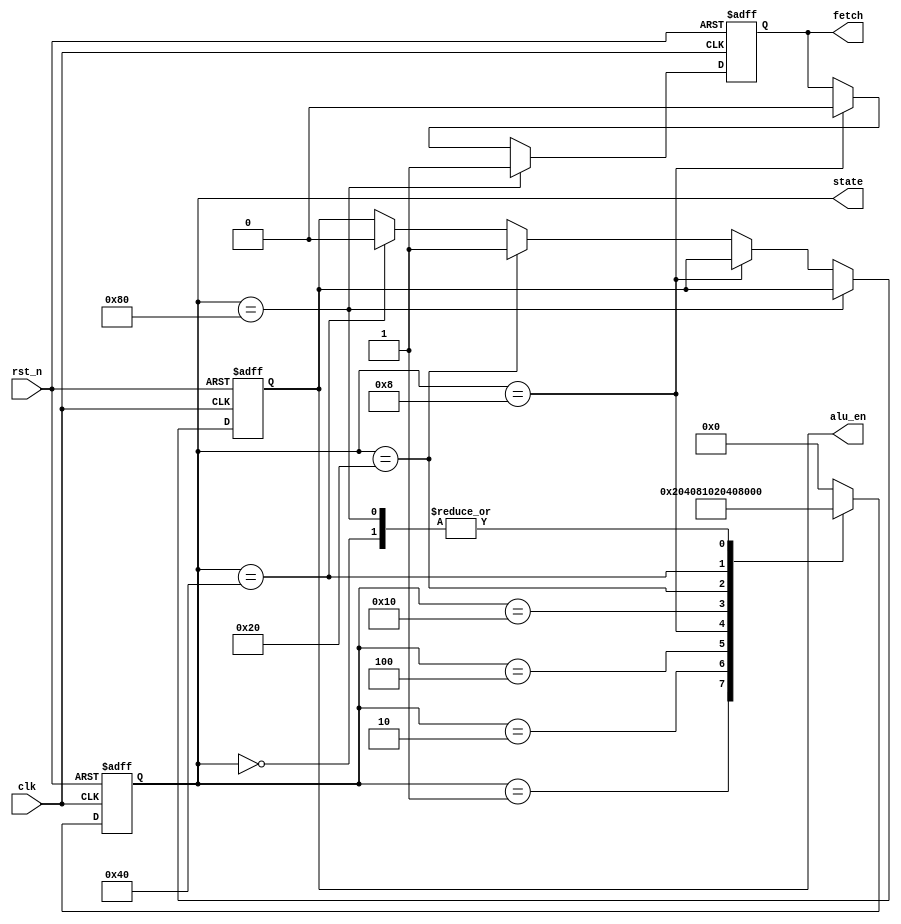
`timescale 1ns / 1ps

module clk_generator(
	input clk,
	input rst_n,
	output reg alu_en,
	output reg fetch,
	output reg[7:0] state
);

	parameter
	S1 = 8'b0000_0001,
	S2 = 8'b0000_0010,
	S3 = 8'b0000_0100,
	S4 = 8'b0000_1000,
	S5 = 8'b0001_0000,
	S6 = 8'b0010_0000,
	S7 = 8'b0100_0000,
	S8 = 8'b1000_0000,
	IDLE = 8'b0000_0000;

	reg [7:0] next_state;

	always@(state) begin
		case(state)
			IDLE: next_state = S1;
			S1: next_state = S2;
			S2: next_state = S3;
			S3: next_state = S4;
			S4: next_state = S5;
			S5: next_state = S6;
			S6: next_state = S7;
			S7: next_state = S8;
			S8: next_state = S1;
			default: next_state = IDLE;
		endcase   
	end
	
	always@(posedge clk or negedge rst_n) begin
		if(!rst_n) state <= IDLE;
		else state <= next_state;
	end
	
	always@(posedge clk or negedge rst_n) begin
		if(!rst_n) begin
			alu_en <= 1'b0;
			fetch <= 1'b0;
		end
	else	
		if(state == S8) fetch <= 1'b1;
		else if(state == S4) fetch <= 1'b0;
		else if(state == S6) alu_en <= 1'b1; 
		else if(state == S7) alu_en <= 1'b0;
		else begin
			alu_en <= alu_en;
			fetch <= fetch;
		end
	end

endmodule